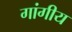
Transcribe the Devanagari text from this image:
गांगीय